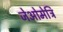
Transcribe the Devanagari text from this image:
जेओमेत्रि